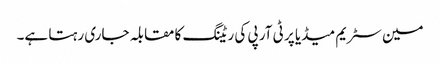
مین سٹریم میڈیا پر ٹی آر پی کی ریٹنگ کا مقابلہ جاری رہتا ہے۔